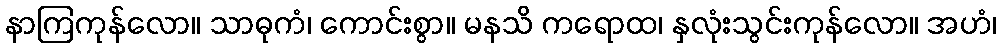
နာကြကုန်လော။ သာဓုကံ၊ ကောင်းစွာ။ မနသိ ကရောထ၊ နှလုံးသွင်းကုန်လော။ အဟံ၊